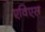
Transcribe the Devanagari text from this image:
एविएस